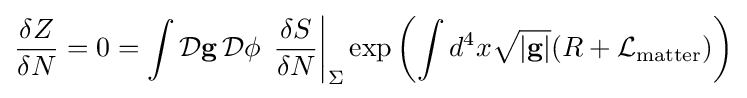
{\frac {\delta Z}{\delta N}}=0=\int {\mathcal {D}}\mathbf {g} \,{\mathcal {D}}\phi \,\left.{\frac {\delta S}{\delta N}}\right|_{\Sigma }\exp \left(\int d^{4}x{\sqrt {|\mathbf {g} |}}(R+{\mathcal {L}}_{\mathrm {matter} })\right)